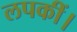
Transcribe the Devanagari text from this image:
लपकीं।